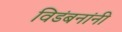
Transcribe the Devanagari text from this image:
विडंबनांनी